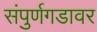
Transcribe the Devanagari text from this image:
संपुर्णगडावर